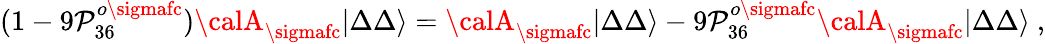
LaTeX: (1-9\mathcal{P}_{36}^{o\sigmafc}){\calA}_{\sigmafc}|\Delta\Delta\rangle={\calA}_{\sigmafc}|\Delta\Delta\rangle-9\mathcal{P}_{36}^{o\sigmafc}{\calA}_{\sigmafc}|\Delta\Delta\rangle\ ,